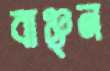
বাঞ্ছন